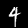
Digit: 4